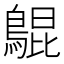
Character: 𪂳